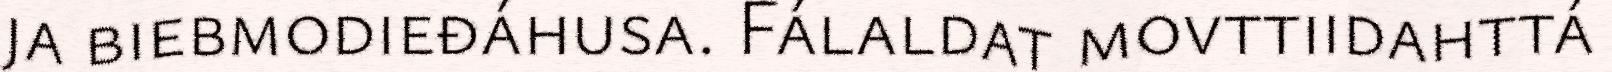
ja biebmodieđáhusa. Fálaldat movttiidahttá